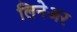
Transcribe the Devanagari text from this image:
लिनेअर